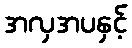
အလှအပနှင့်